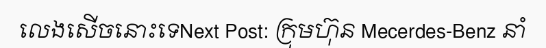
លេងសើចនោះទេNext Post: ក្រុមហ៊ុន Mecerdes-Benz នាំ